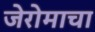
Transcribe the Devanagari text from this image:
जेरोमाचा